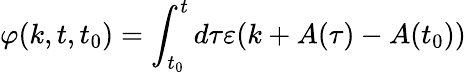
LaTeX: \varphi(k,t,t_{0})=\int_{t_{0}}^{t}d\tau\varepsilon(k+A(\tau)-A(t_{0}))